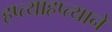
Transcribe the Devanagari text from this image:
हप्त्याहप्त्याने